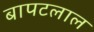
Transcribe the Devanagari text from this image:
बापटलाल